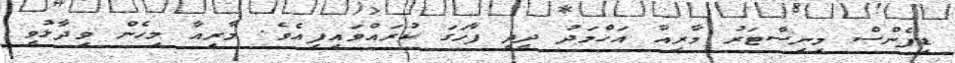
ޑިފެންސް މިނިސްޓަރު މާރިއާ އަހްމަދު ދީދީ ފާހަގަ ކުރައްވައިފިއެވެ. މާރިއާ މިހެން ވިދާޅުވީ